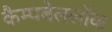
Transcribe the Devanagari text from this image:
कैम्पबेललॉक